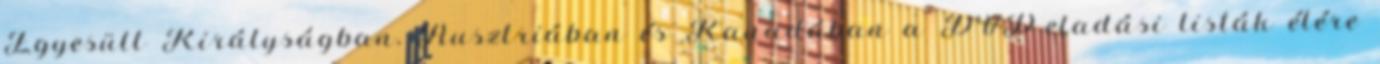
Egyesült Királyságban, Ausztriában és Kanadában a DVD-eladási listák élére